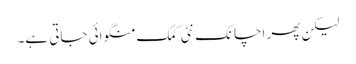
لیکن پھر اچانک نئی کمک منگوائی جاتی ہے۔